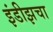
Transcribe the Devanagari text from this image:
इंडीझचा